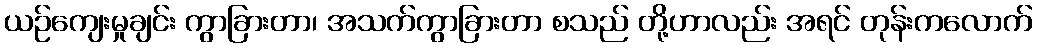
ယဉ်ကျေးမှုချင်း ကွာခြားတာ၊ အသက်ကွာခြားတာ စသည် တို့ဟာလည်း အရင် တုန်းကလောက်